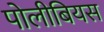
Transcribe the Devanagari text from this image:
पोलीबियस